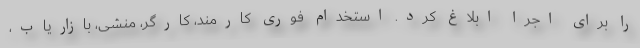
را برای اجرا ابلاغ کرد. استخدام فوری کارمند، کارگر، منشی، بازاریاب،